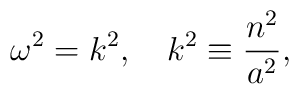
\omega ^2=k^2, \quad k^2 \equiv {{n^2} \over {a^2}} ,